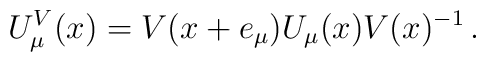
U^V_\mu(x) = V(x + e_\mu) U_\mu(x) V(x)^{-1} \, .